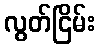
လွတ်ငြိမ်း